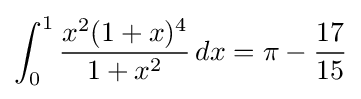
\int _{0}^{1}{x^{2}(1+x)^{4} \over 1+x^{2}}\,dx=\pi -{17 \over 15}